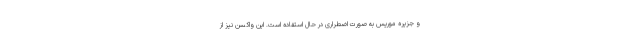
و جزیره موریس به صورت اضطراری در حال استفاده است. این واکسن نیز از